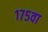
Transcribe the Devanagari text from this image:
१७५वा